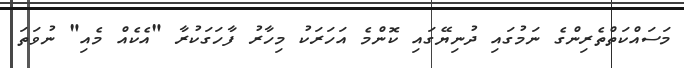
މަސައްކަތްތެރިންގެ ނަމުގައި ދުނިޔޭގައި ކޮންމެ އަހަރަކު މިހާރު ފާހަގަކުރާ "އެކެއް މެއި" ނުވަތަ